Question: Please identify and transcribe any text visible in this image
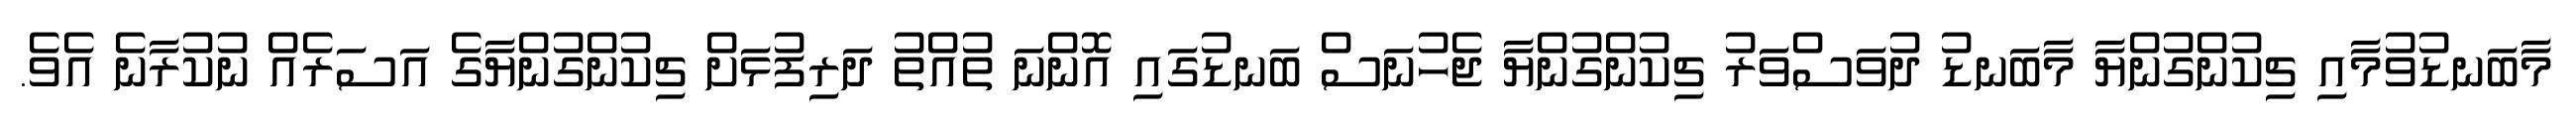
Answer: މާބަނޑުވުމާއި ޗިކުންގުންޔާ މާބަނޑު ދުވަސްވަރު ޗިކުންގުންޔާ ޖެހުނަސް ބަނޑުގައި އޮންނަ ތުއްތު ދަރިފުޅަށް ޗިކުންގުންޔާގެ އަސަރެއް ނުކުރާނެ އެވެ.